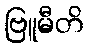
ဗြူမီတိ